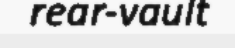
rear-vault